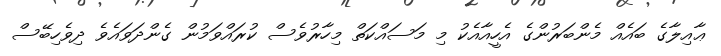
ޢާއިލާގެ ބައެއް މެންބަރުންގެ އެހީއާއެކު މި މަސައްކަތް މިހާރުވެސް ކުރައްވަމުން ގެންދަވައެވެ ދިވެހިބޭސް